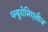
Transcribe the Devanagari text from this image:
प्ल्यूरोमिएलीज